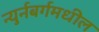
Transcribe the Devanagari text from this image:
न्युर्नबर्गमधील